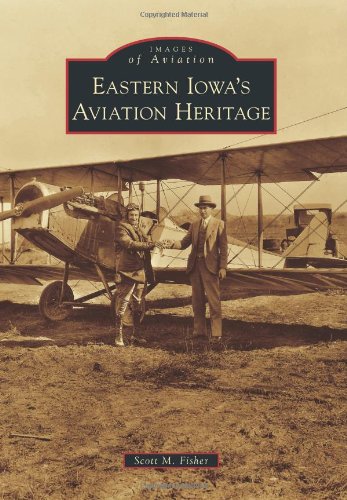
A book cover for Eastern Iowa's Aviation Heritage (Images of Aviation); Scott M. Fisher; Arts & Photography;